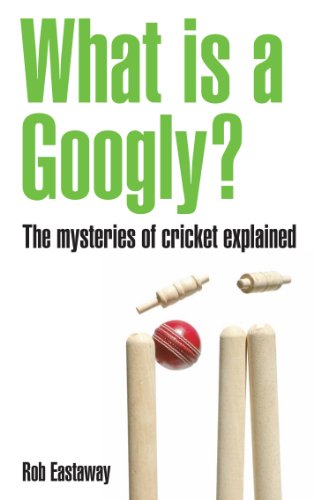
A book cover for What Is a Googly?: The Mysteries of Cricket Explained; Rob Eastaway; Sports & Outdoors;